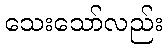
သေးသော်လည်း